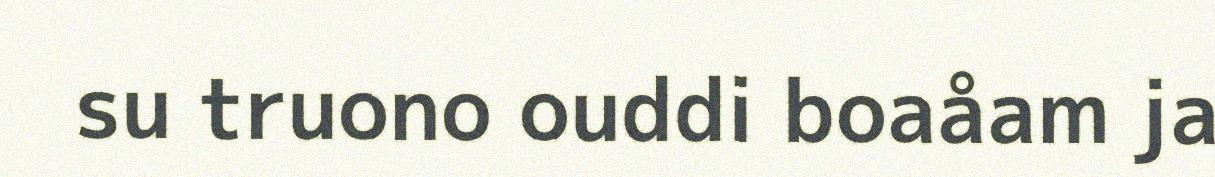
su truono ouddi boaåam ja